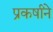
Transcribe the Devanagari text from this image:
प्रकर्षांने